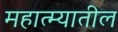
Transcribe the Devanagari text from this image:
महात्म्यातील